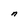
Character: n